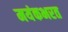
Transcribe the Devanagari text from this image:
मयंकभरत